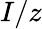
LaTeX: I/z